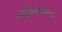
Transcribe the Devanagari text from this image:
अस्फ़िक्सिया